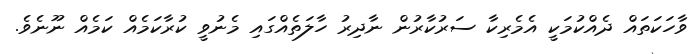
ވާހަކަތައް ދެއްކުމަކީ އެމެރިކާ ސަރުކާރުން ނާދިރު ހާލަތެއްގައި މެނުވީ ކުރާކަމެއް ކަމެއް ނޫނެވެ.